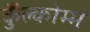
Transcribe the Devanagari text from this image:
कुँल्कोम्म